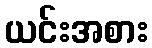
ယင်းအစား